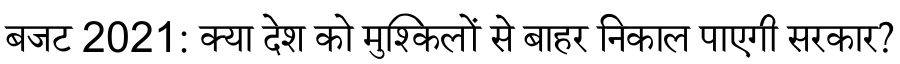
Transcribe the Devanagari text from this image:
बजट 2021: क्या देश को मुश्किलों से बाहर निकाल पाएगी सरकार?